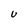
Character: U